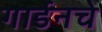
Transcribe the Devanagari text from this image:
गार्डनचे